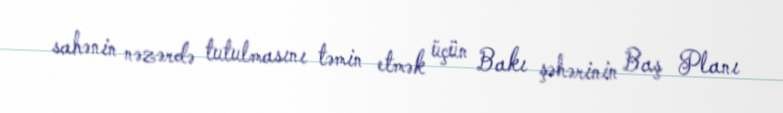
sahənin nəzərdə tutulmasını təmin etmək üçün Bakı şəhərinin Baş Planı